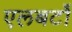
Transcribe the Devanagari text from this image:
एलबर्टो